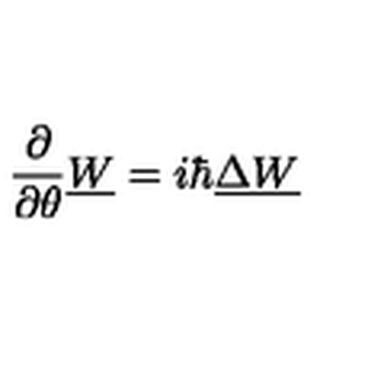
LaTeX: { \frac { \partial } { \partial \theta } } \underline { W } = i \hbar \underline { \Delta } \underline { W }